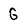
Character: G